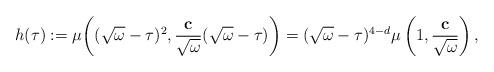
LaTeX: \begin{align*}h(\tau ):=\mu \bigg((\sqrt{\omega}-\tau)^2,\frac{\mathbf{c}}{\sqrt{\omega}}(\sqrt{\omega}-\tau)\bigg)=(\sqrt{\omega}-\tau)^{4-d}\mu \left(1,\frac{\mathbf{c}}{\sqrt{\omega}}\right), \end{align*}